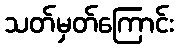
သတ်မှတ်ကြောင်း